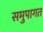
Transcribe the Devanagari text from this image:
समुपागत